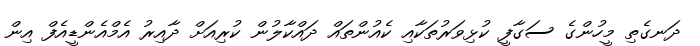
ދަނގެތި މީހުންގެ ސަގާފީ ކުޅިވަރުތަކާއި ކެއުންތައް ދައްކާލުން ކުރިއަށް ދާއިރު އެމްއެންޑީއެފް އިން